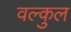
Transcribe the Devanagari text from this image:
वल्कुल